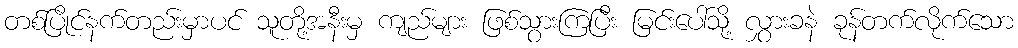
တစ်ပြိုင်နက်တည်းမှာပင် သူတို့အနီးမှ ကျည်များ ဖြစ်သွားကြပြီး မြင်းပေါ်သို့ လွှားခနဲ ခုန်တက်လိုက်သော